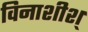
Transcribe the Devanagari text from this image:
विनाशीश्